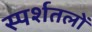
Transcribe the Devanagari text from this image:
स्पर्शतलों